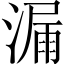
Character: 漏